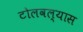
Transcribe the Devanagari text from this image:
टोलवल्यास